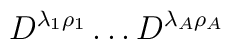
D^{\lambda_1\rho_1}\dots D^{\lambda_A\rho_A}